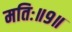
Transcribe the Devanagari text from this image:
मतिः॥९॥